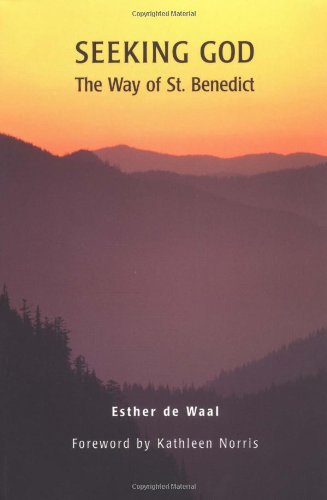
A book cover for Seeking God: The Way of St. Benedict; Esther de Waal; Christian Books & Bibles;